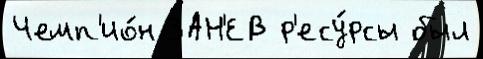
Чемп'ио́н ЗАН'ЕВ р'есу́рсы был